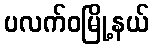
ပလက်ဝမြို့နယ်